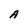
Character: A